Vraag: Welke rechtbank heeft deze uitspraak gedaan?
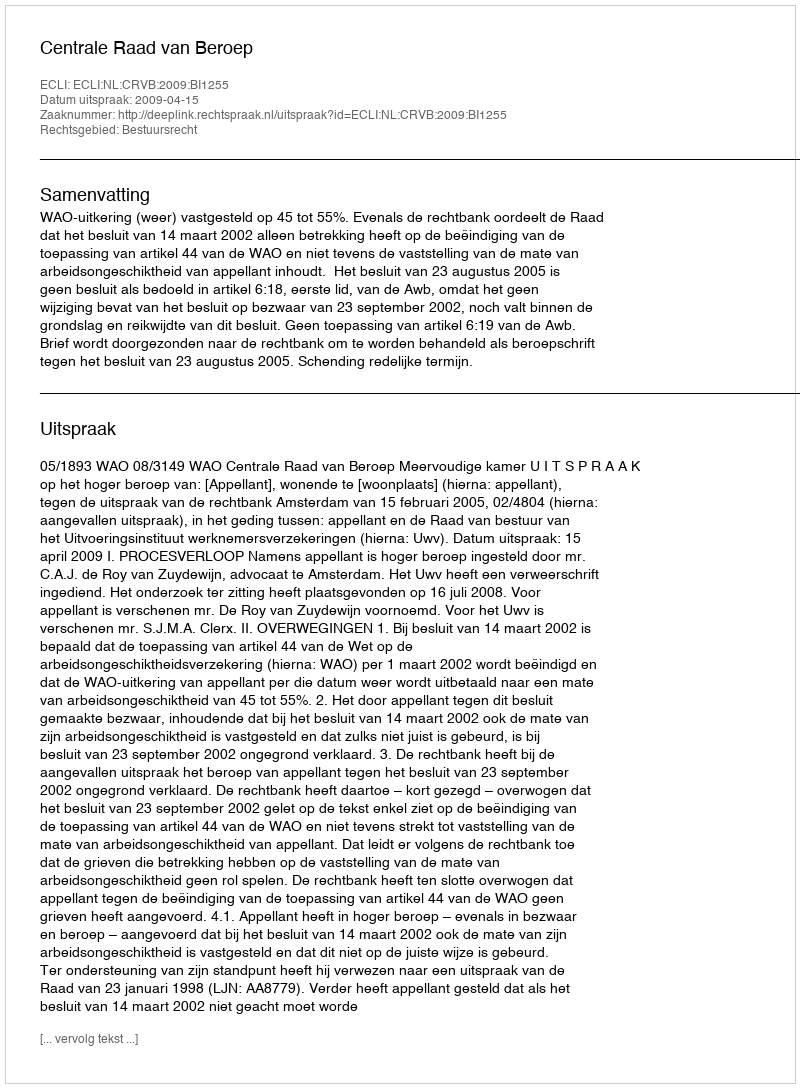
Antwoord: Centrale Raad van Beroep